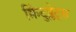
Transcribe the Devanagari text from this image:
क्विंटुप्लेट्स